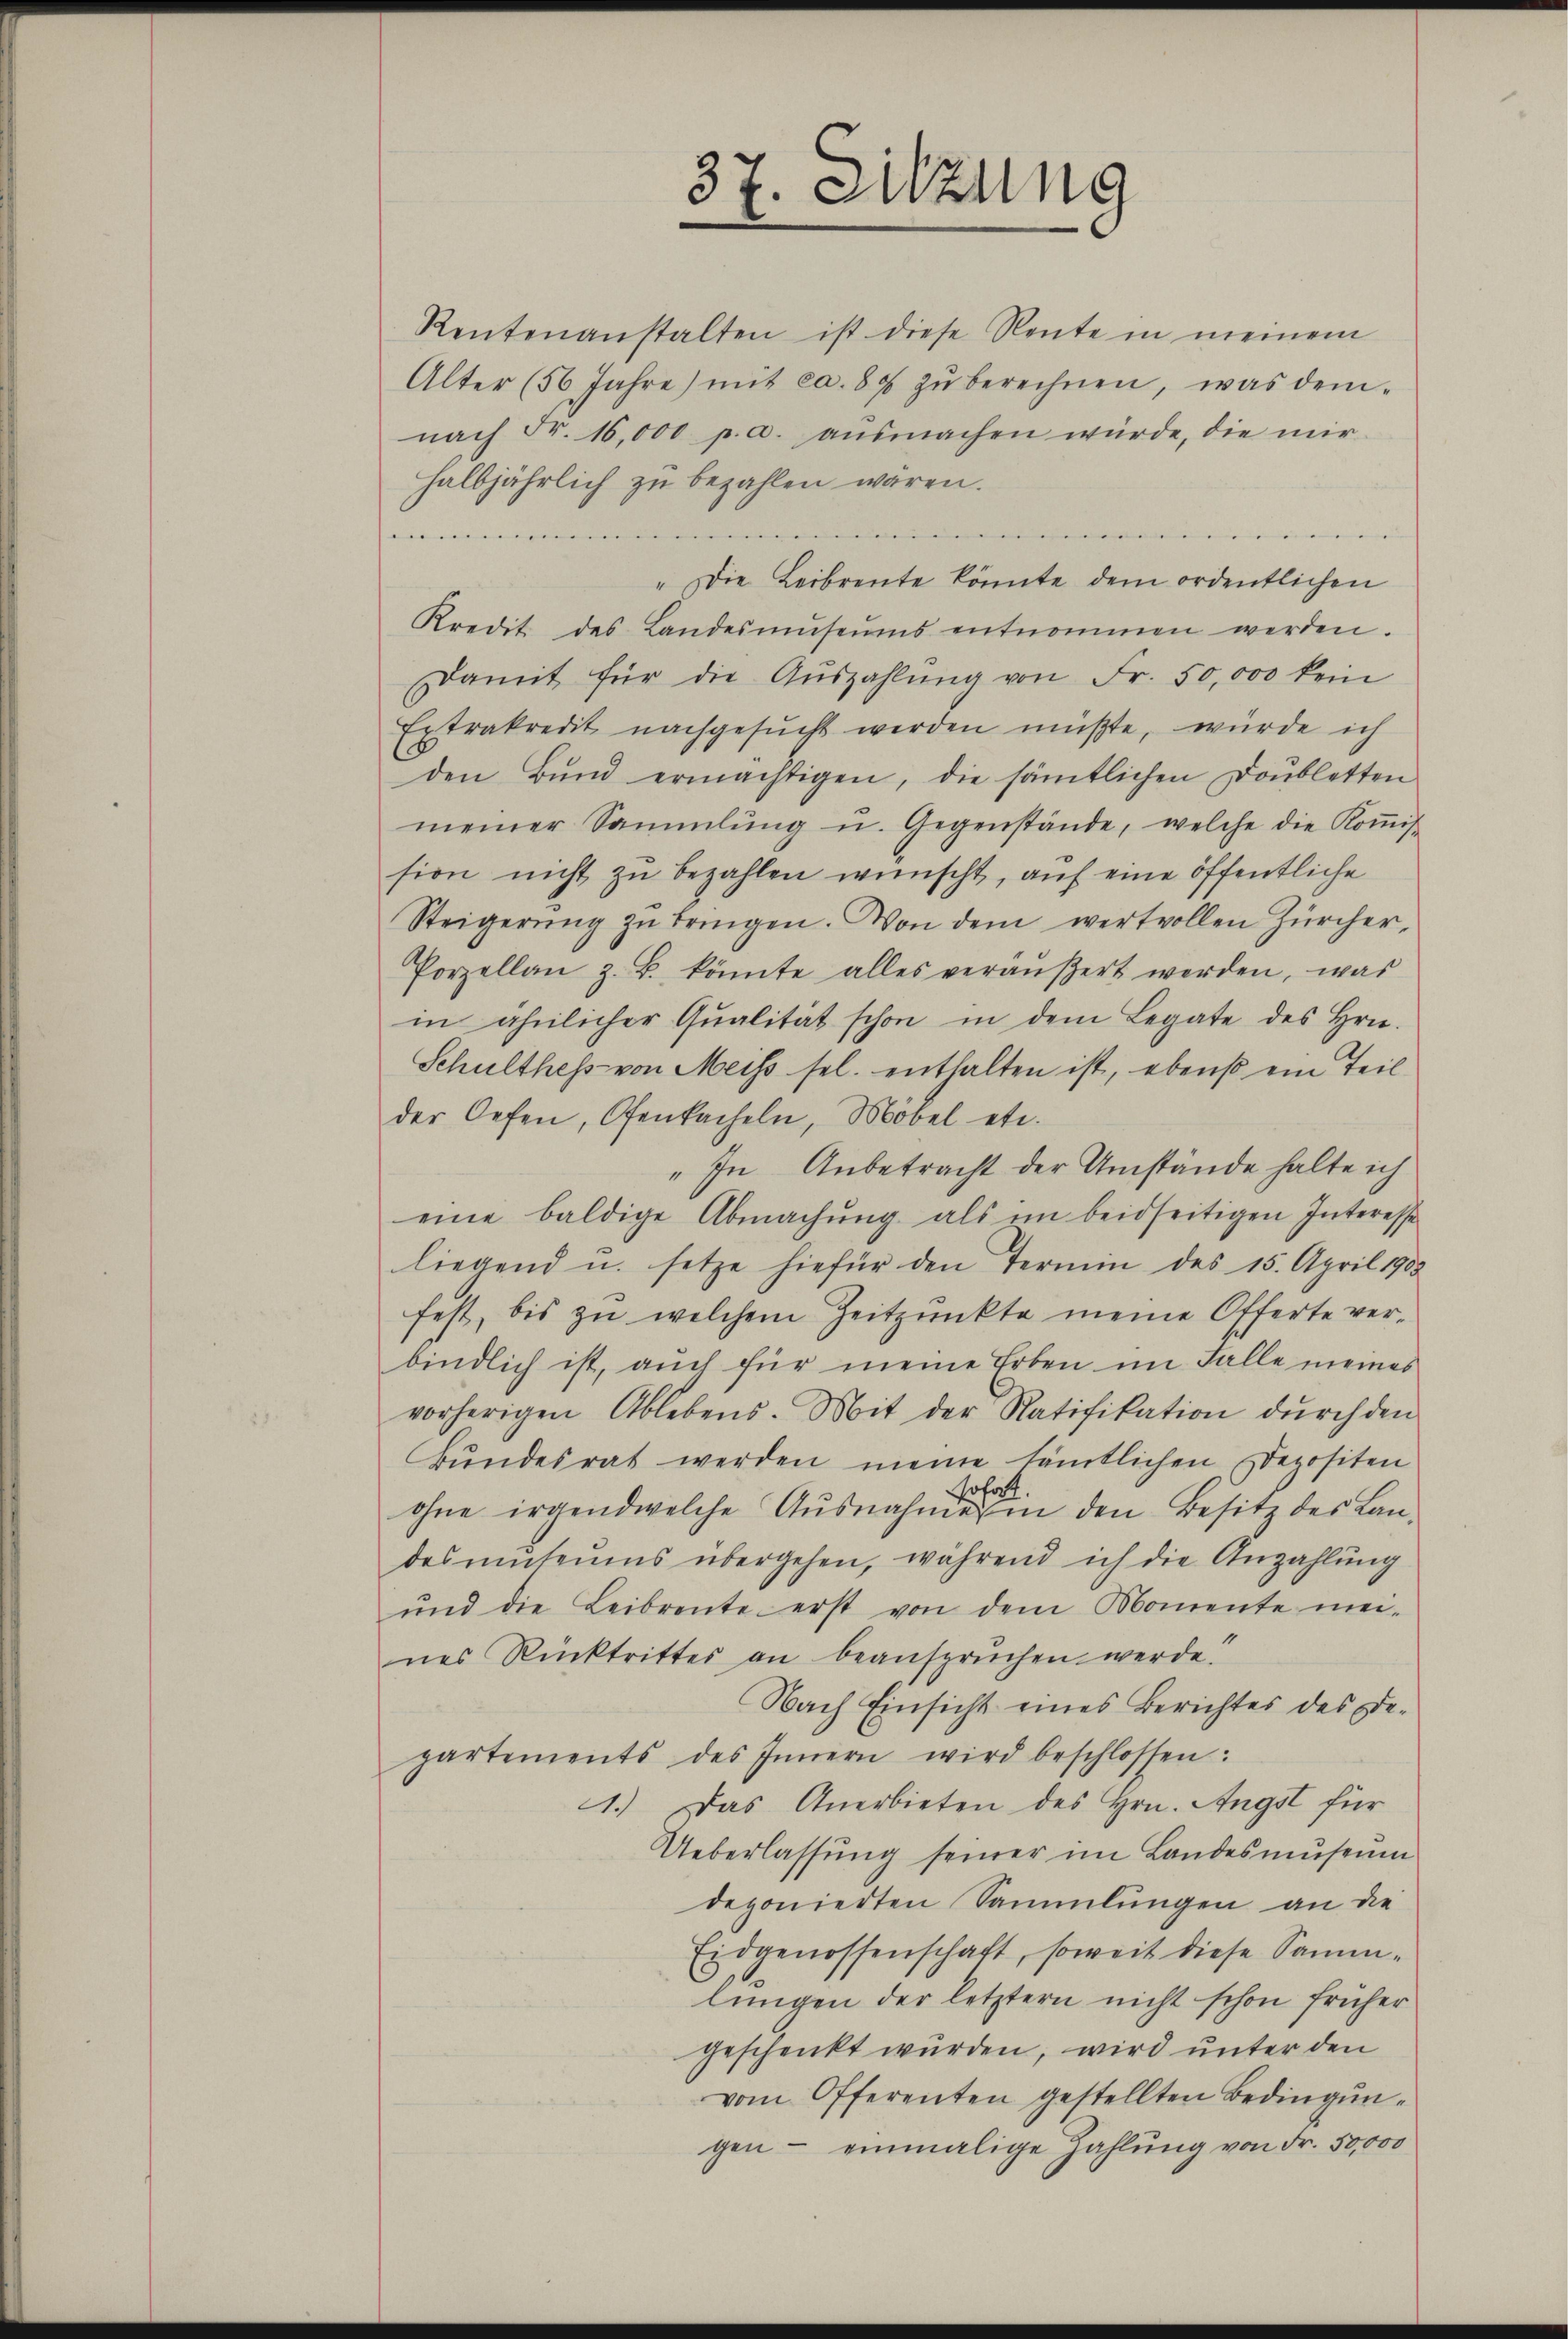
Rentenanstalten ist diese Rente in meinem
Alter (56 Jahre) mit ca. 88 zŭ berechnen, was dem-
nach Fr. 16,000 p. a. aŭsmachen würde, die mir
halbjährlich zu bezahlen wären.
dmeie
"Die Leibrente könnte dem ordentlichen
Kredit des Landesmŭseŭms entnommen werden.
Damit für die Aŭszahlŭng von Fr. 50,000 kein
Extrakredit nachgesŭcht werden müßte, würde ich
den Bŭnd ermächtigen, die sämtlichen Doubletten
meiner Sammlung u. Gegenstände, welche die Koṁis-
sion nicht zŭ bezahlen wünscht, auf eine öffentliche
Steigerŭng zŭ bringen. Von dem wertvollen Zürcher-
Porzellan z. B. könnte alles veräŭβert werden, was
in ähnlicher Qualität schon in dem Legate des Hrn.
Schulthess von Meiss sel. enthalten ist, ebenso ein Teil
der Oefen, Ofenbacheln, Möbel etc.
" In Anbetracht der Umstände halte ich
eine baldige Abmachŭng als im beidseitigen Interesse
liegend u. setze hiefür den Termin des 15. April 1908
fest, bis zu welchem Zeitpunkte meine Offerte verbindlich ist, auch für meine Erben im Falle meines
vorherigen Ablebens. Mit der Ratifikation dŭrch den
Bundesrat werden meine sämtlichen Depositen
ohne irgendwelche Ausnahme in den Besitz des Landesmŭteŭms übergehen, während ich die Anzahlŭng
ŭnd die Leibrente erst von dem Momente mei-
nes Rücktrittes an beanspruchen werde.
Nach Einsicht eines Berichtes des de-
partements des Innern wird beschlossen:
1.) Das Anerbieten des Hrn. Angst für
Ueberlassung seiner im Landesmuseum
deponierten Sammlungen an die
Eidgenossenschaft, soweit diese Sammlungen der letztern nicht schon früher
geschenkt wurden, wird unter den
vom Offerenten gestellten Bedingungen - einmalige Zahlung von Fr. 50,000

37. Sitzung